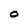
Character: O